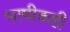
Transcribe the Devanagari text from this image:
भाषीकही